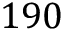
1 9 0